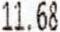
11.68